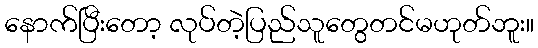
နောက်ပြီးတော့ လုပ်တဲ့ပြည်သူတွေတင်မဟုတ်ဘူး။